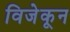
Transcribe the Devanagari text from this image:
विजेकून